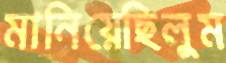
মানিয়েছিলুম